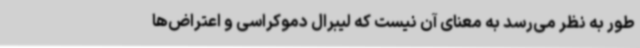
طور به نظر می‌رسد به معنای آن نیست که لیبرال دموکراسی و اعتراض‌ها